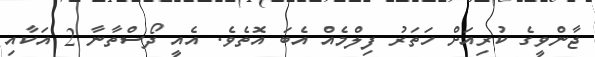
ޖާންވީގެ ކުރިއަށް ހަތަރު ފިލްމެއް އެބަ އޮތެވެ. އެއީ ދޯސްތާނާ 2 އަކާއި